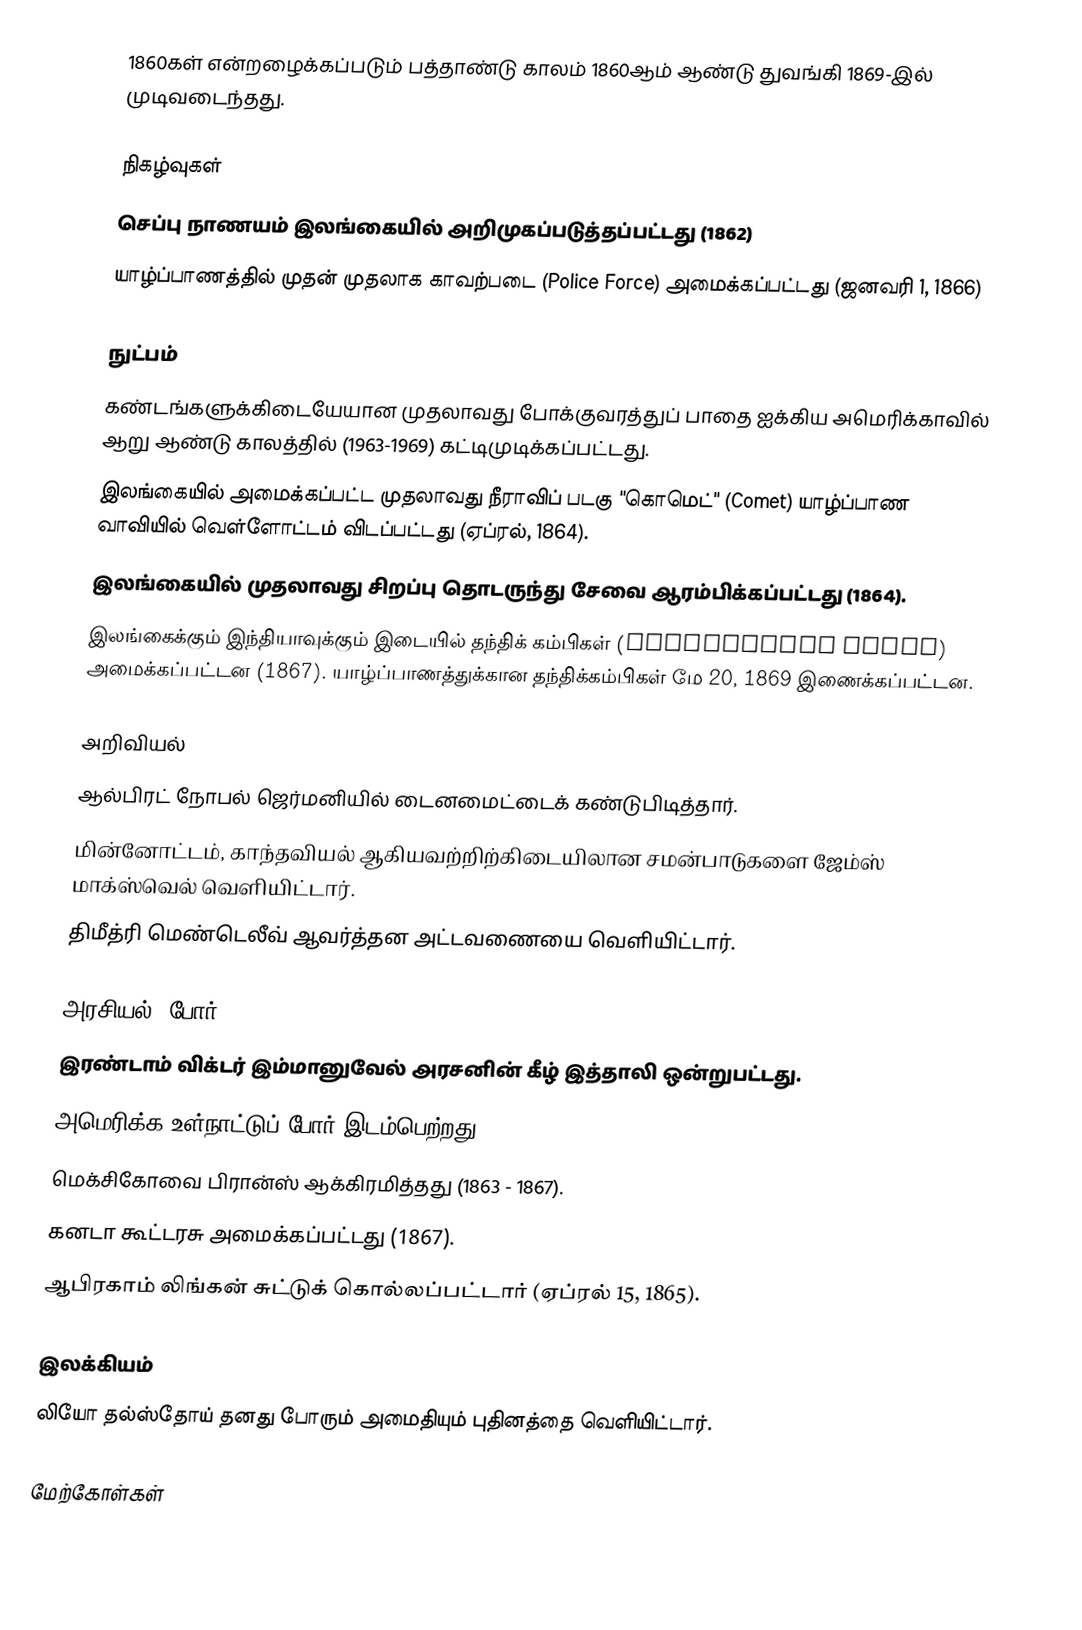
1860கள் என்றழைக்கப்படும் பத்தாண்டு காலம் 1860ஆம் ஆண்டு துவங்கி 1869-இல் முடிவடைந்தது.

நிகழ்வுகள்
 செப்பு நாணயம் இலங்கையில் அறிமுகப்படுத்தப்பட்டது (1862)
 யாழ்ப்பாணத்தில் முதன் முதலாக காவற்படை (Police Force) அமைக்கப்பட்டது (ஜனவரி 1, 1866)

நுட்பம்
 கண்டங்களுக்கிடையேயான முதலாவது போக்குவரத்துப் பாதை ஐக்கிய அமெரிக்காவில் ஆறு ஆண்டு காலத்தில் (1963-1969) கட்டிமுடிக்கப்பட்டது.
 இலங்கையில் அமைக்கப்பட்ட முதலாவது நீராவிப் படகு "கொமெட்" (Comet) யாழ்ப்பாண வாவியில் வெள்ளோட்டம் விடப்பட்டது (ஏப்ரல், 1864).
 இலங்கையில் முதலாவது சிறப்பு தொடருந்து சேவை ஆரம்பிக்கப்பட்டது (1864).
 இலங்கைக்கும் இந்தியாவுக்கும் இடையில் தந்திக் கம்பிகள் (telegraphic cable) அமைக்கப்பட்டன (1867). யாழ்ப்பாணத்துக்கான தந்திக்கம்பிகள் மே 20, 1869 இணைக்கப்பட்டன.

அறிவியல்
 ஆல்பிரட் நோபல் ஜெர்மனியில் டைனமைட்டைக் கண்டுபிடித்தார்.
 மின்னோட்டம், காந்தவியல் ஆகியவற்றிற்கிடையிலான சமன்பாடுகளை ஜேம்ஸ் மாக்ஸ்வெல் வெளியிட்டார்.
 திமீத்ரி மெண்டெலீவ் ஆவர்த்தன அட்டவணையை வெளியிட்டார்.

அரசியல், போர்
 இரண்டாம் விக்டர் இம்மானுவேல் அரசனின் கீழ் இத்தாலி ஒன்றுபட்டது.
 அமெரிக்க உள்நாட்டுப் போர் இடம்பெற்றது.
 மெக்சிகோவை பிரான்ஸ் ஆக்கிரமித்தது (1863 - 1867).
 கனடா கூட்டரசு அமைக்கப்பட்டது (1867).
 ஆபிரகாம் லிங்கன் சுட்டுக் கொல்லப்பட்டார் (ஏப்ரல் 15, 1865).

இலக்கியம்
 லியோ தல்ஸ்தோய் தனது போரும் அமைதியும் புதினத்தை வெளியிட்டார்.

மேற்கோள்கள்